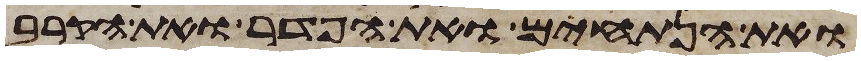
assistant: ואת הנתחים ואת הפדר ואת הקרב